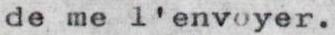
de me l'envoyer.